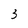
Character: 3